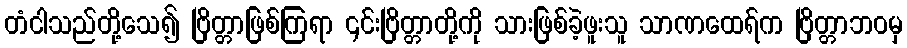
တံငါသည်တို့သေ၍ ဗြိတ္တာဖြစ်ကြရာ ၎င်းဗြိတ္တာတို့ကို သားဖြစ်ခဲ့ဖူးသူ သာဏထေရ်က ဗြိတ္တာဘဝမှ